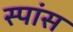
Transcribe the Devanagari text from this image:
स्पांस